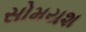
સોમયશ